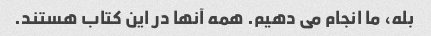
بله، ما انجام می دهیم. همه آنها در این کتاب هستند.